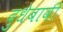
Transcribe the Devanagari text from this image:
दुधेबावी